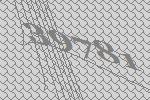
39781